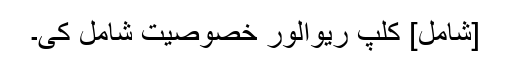
[شامل] کلپ ریوالور خصوصیت شامل کی۔